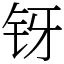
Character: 䥺